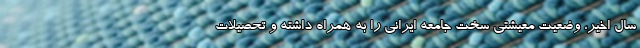
سال اخیر، وضعیت معیشتی سخت جامعه ایرانی را به همراه داشته و تحصیلات